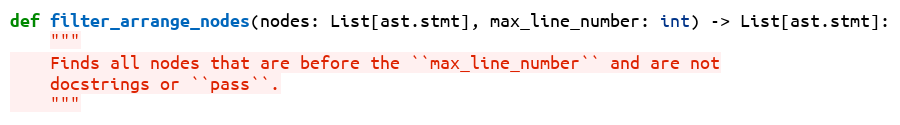
Language: Python
def filter_arrange_nodes(nodes: List[ast.stmt], max_line_number: int) -> List[ast.stmt]:
    """
    Finds all nodes that are before the ``max_line_number`` and are not
    docstrings or ``pass``.
    """